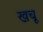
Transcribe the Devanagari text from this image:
खचू